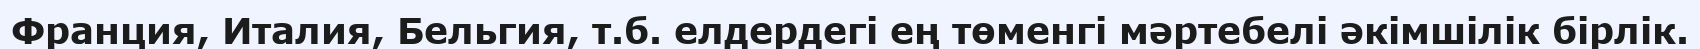
Франция, Италия, Бельгия, т.б. елдердегі ең төменгі мәртебелі әкімшілік бірлік.